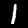
Label: 1